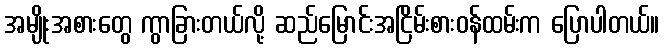
အမျိုးအစားတွေ ကွာခြားတယ်လို့ ဆည်မြောင်းအငြိမ်းစားဝန်ထမ်းက ပြောပါတယ်။